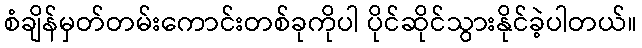
စံချိန်မှတ်တမ်းကောင်းတစ်ခုကိုပါ ပိုင်ဆိုင်သွားနိုင်ခဲ့ပါတယ်။